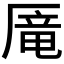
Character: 𰆥